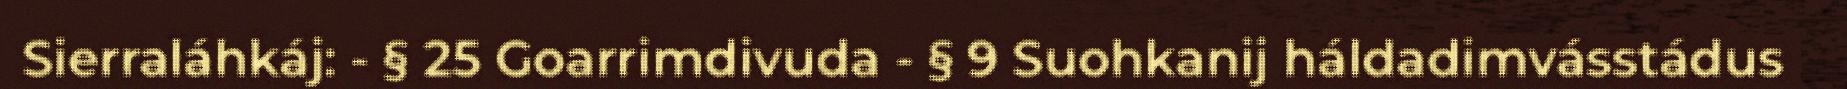
Sierraláhkáj: - § 25 Goarrimdivuda - § 9 Suohkanij háldadimvásstádus